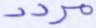
مردد